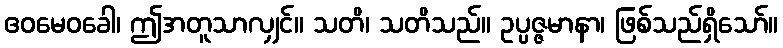
ဧဝမေဝခေါ၊ ဤအတူသာလျှင်။ သတိ၊ သတိသည်။ ဥပ္ပဇ္ဇမာနာ၊ ဖြစ်သည်ရှိသော်။